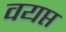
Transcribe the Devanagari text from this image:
वयप्त